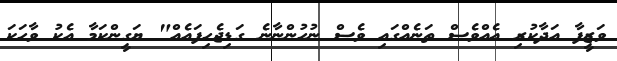
ވަޒީފާ އަދާކުރި އެއްވެސް ތަނެއްގައި ވެސް ނުހުންނާނެ ގަޑިޖެހިފައެއް" ޔަގީންކަމާ އެކު ވާހަކަ